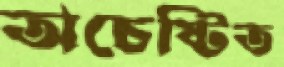
অচেষ্টিত